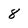
Character: 8